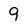
Character: 9